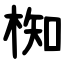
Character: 椥